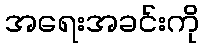
အရေးအခင်းကို